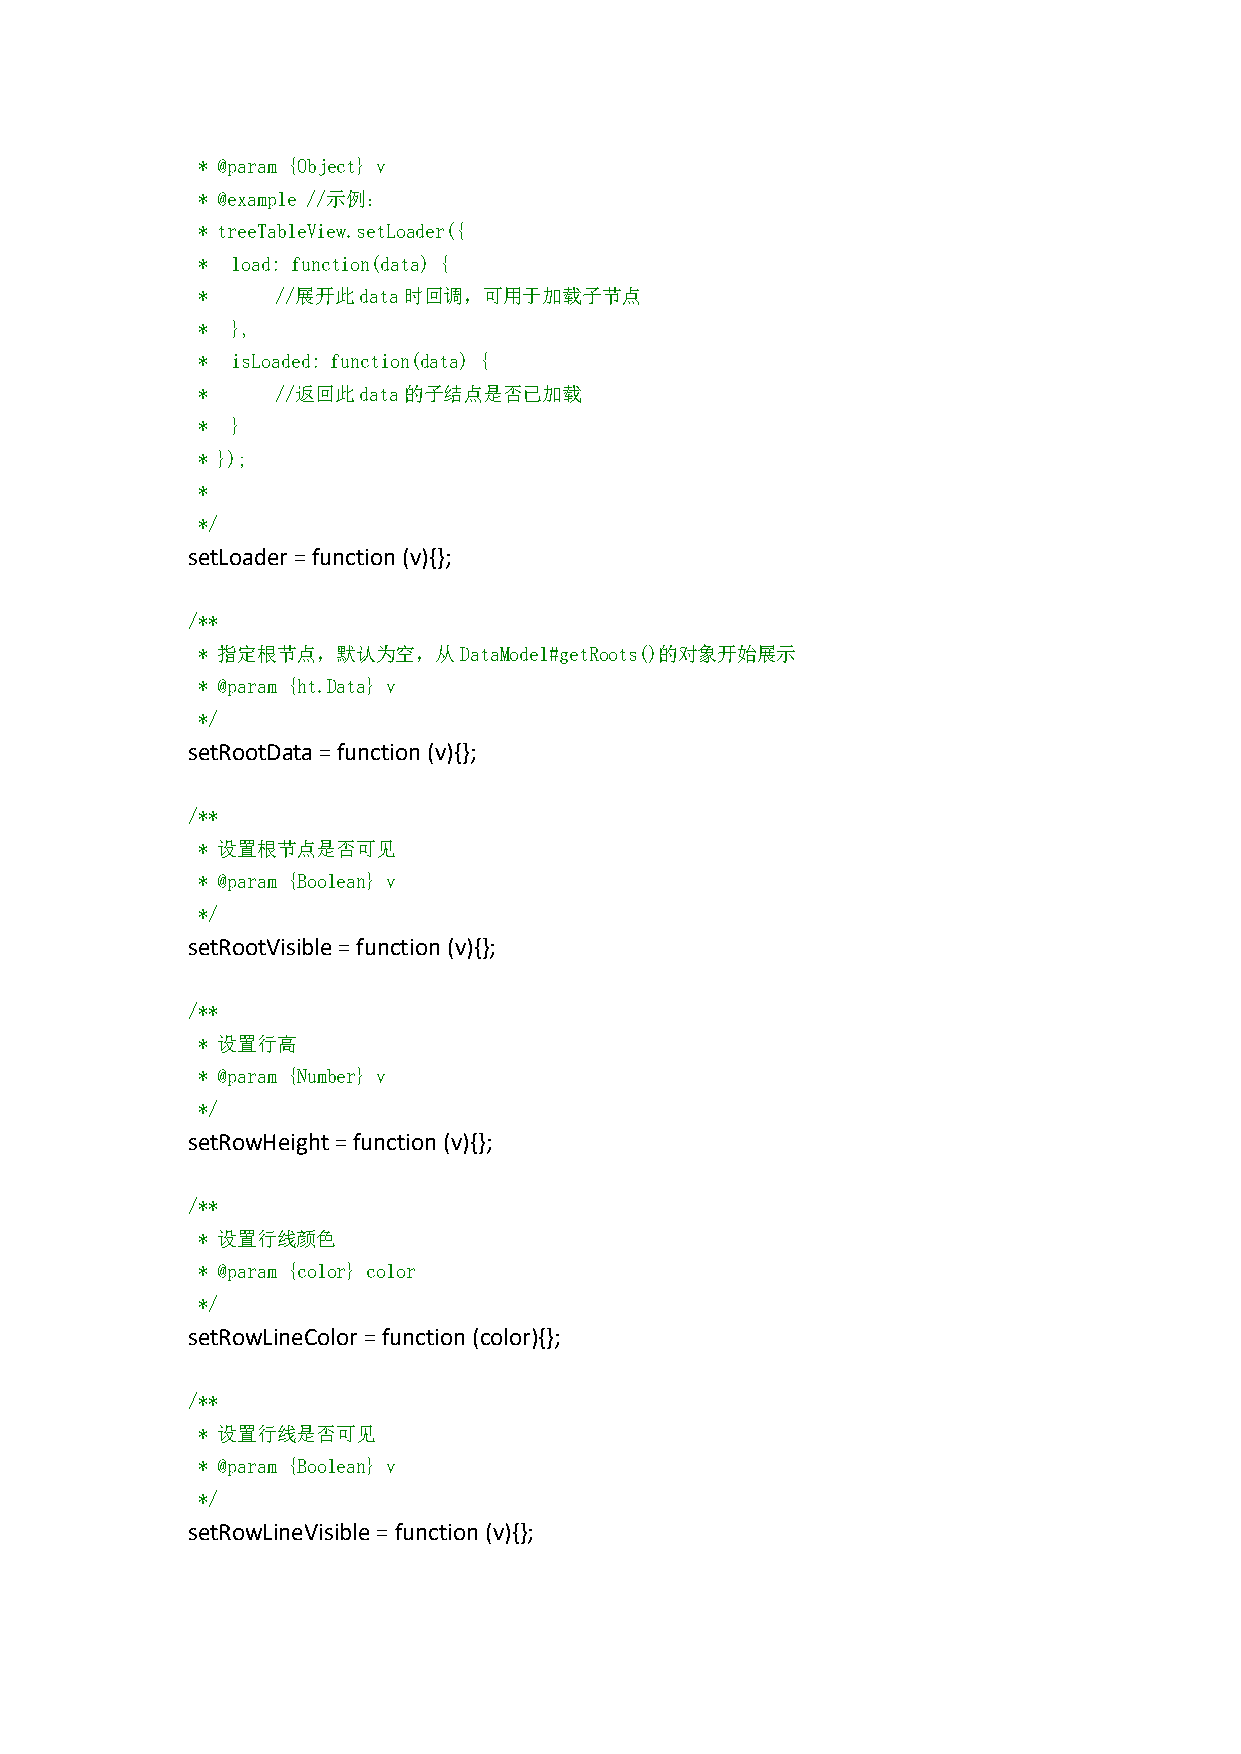
* @param {Object} v
 * @example //示例：
 * treeTableView.setLoader({
 * load: function(data) {
 *    //展开此data时回调，可用于加载子节点
 * },
 * isLoaded: function(data) {
 *    //返回此data的子结点是否已加载
 * }
 * });
 *
 */
 setLoader=function(v){};
 /**
 * 指定根节点，默认为空，从DataModel#getRoots()的对象开始展示
 * @param {ht.Data} v
 */
 setRootData=function(v){};
 /**
 * 设置根节点是否可见
 * @param {Boolean} v
 */
 setRootVisible=function (v){};
 /**
 * 设置行高
 * @param {Number} v
 */
 setRowHeight=function(v){};
 /**
 * 设置行线颜色
 * @param {color} color
 */
 setRowLineColor=function(color){};
 /**
 * 设置行线是否可见
 * @param {Boolean} v
 */
 setRowLineVisible=function(v){};